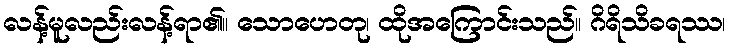
လန့်မူလည်းလန့်ရာ၏။ သောဟေတု၊ ထိုအကြောင်းသည်။ ဂိရိသိခရဿ၊